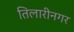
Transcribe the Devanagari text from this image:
तिलारीनगर